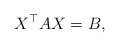
\begin{align*} X^\top AX=B,\end{align*}